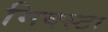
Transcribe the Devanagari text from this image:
मिक्स्टा